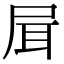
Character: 𡱡